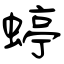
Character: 蝏